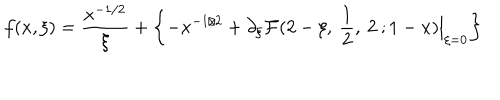
f ( x , \xi ) = \frac { x ^ { - 1 / 2 } } { \xi } + \left\{ - x ^ { - 1 / 2 } + \partial _ { \xi } { \cal F } ( 2 - \xi , \: \frac { 1 } { 2 } , \: 2 \: ; 1 - x ) \Big | _ { \xi = 0 } \right\}